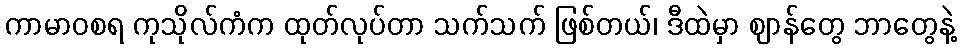
ကာမာဝစရ ကုသိုလ်ကံက ထုတ်လုပ်တာ သက်သက် ဖြစ်တယ်၊ ဒီထဲမှာ ဈာန်တွေ ဘာတွေနဲ့